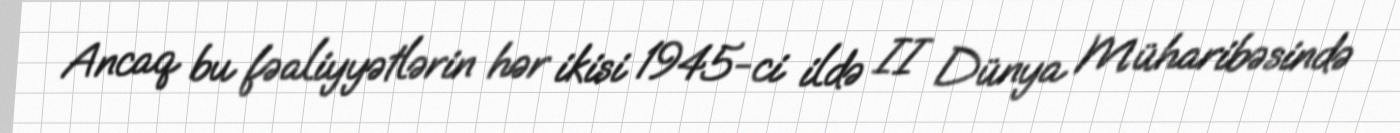
Ancaq bu fəaliyyətlərin hər ikisi 1945-ci ildə II Dünya Müharibəsində